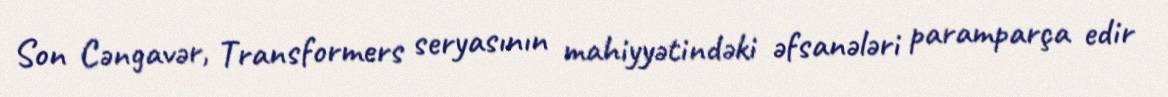
Son Cəngavər, Transformers seryasının mahiyyətindəki əfsanələri paramparça edir